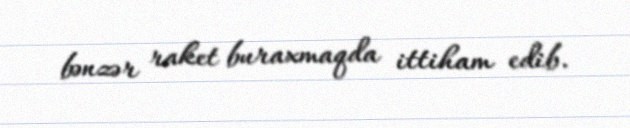
bənzər raket buraxmaqda ittiham edib.